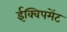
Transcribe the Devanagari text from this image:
ईक्विपमेंट